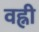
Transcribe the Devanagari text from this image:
वह्नी